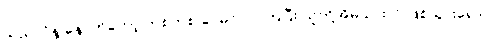
သည်လိုနဲ့ နောက်တော့ တစတစ ခင်မင်လာကြပြီး သူတို့အိမ်သားလို ဖြစ်သွားရော။